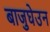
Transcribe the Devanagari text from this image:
बाजुघेउन